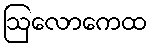
ဩလောကေထ